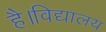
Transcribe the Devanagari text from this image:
है।विद्यालय